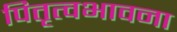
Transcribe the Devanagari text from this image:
पितृत्वभावना